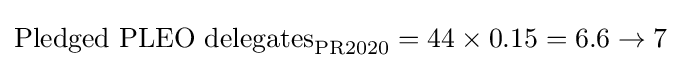
{\text{Pledged PLEO delegates}}_{\text{PR2020}}=44\times 0.15=6.6\to 7